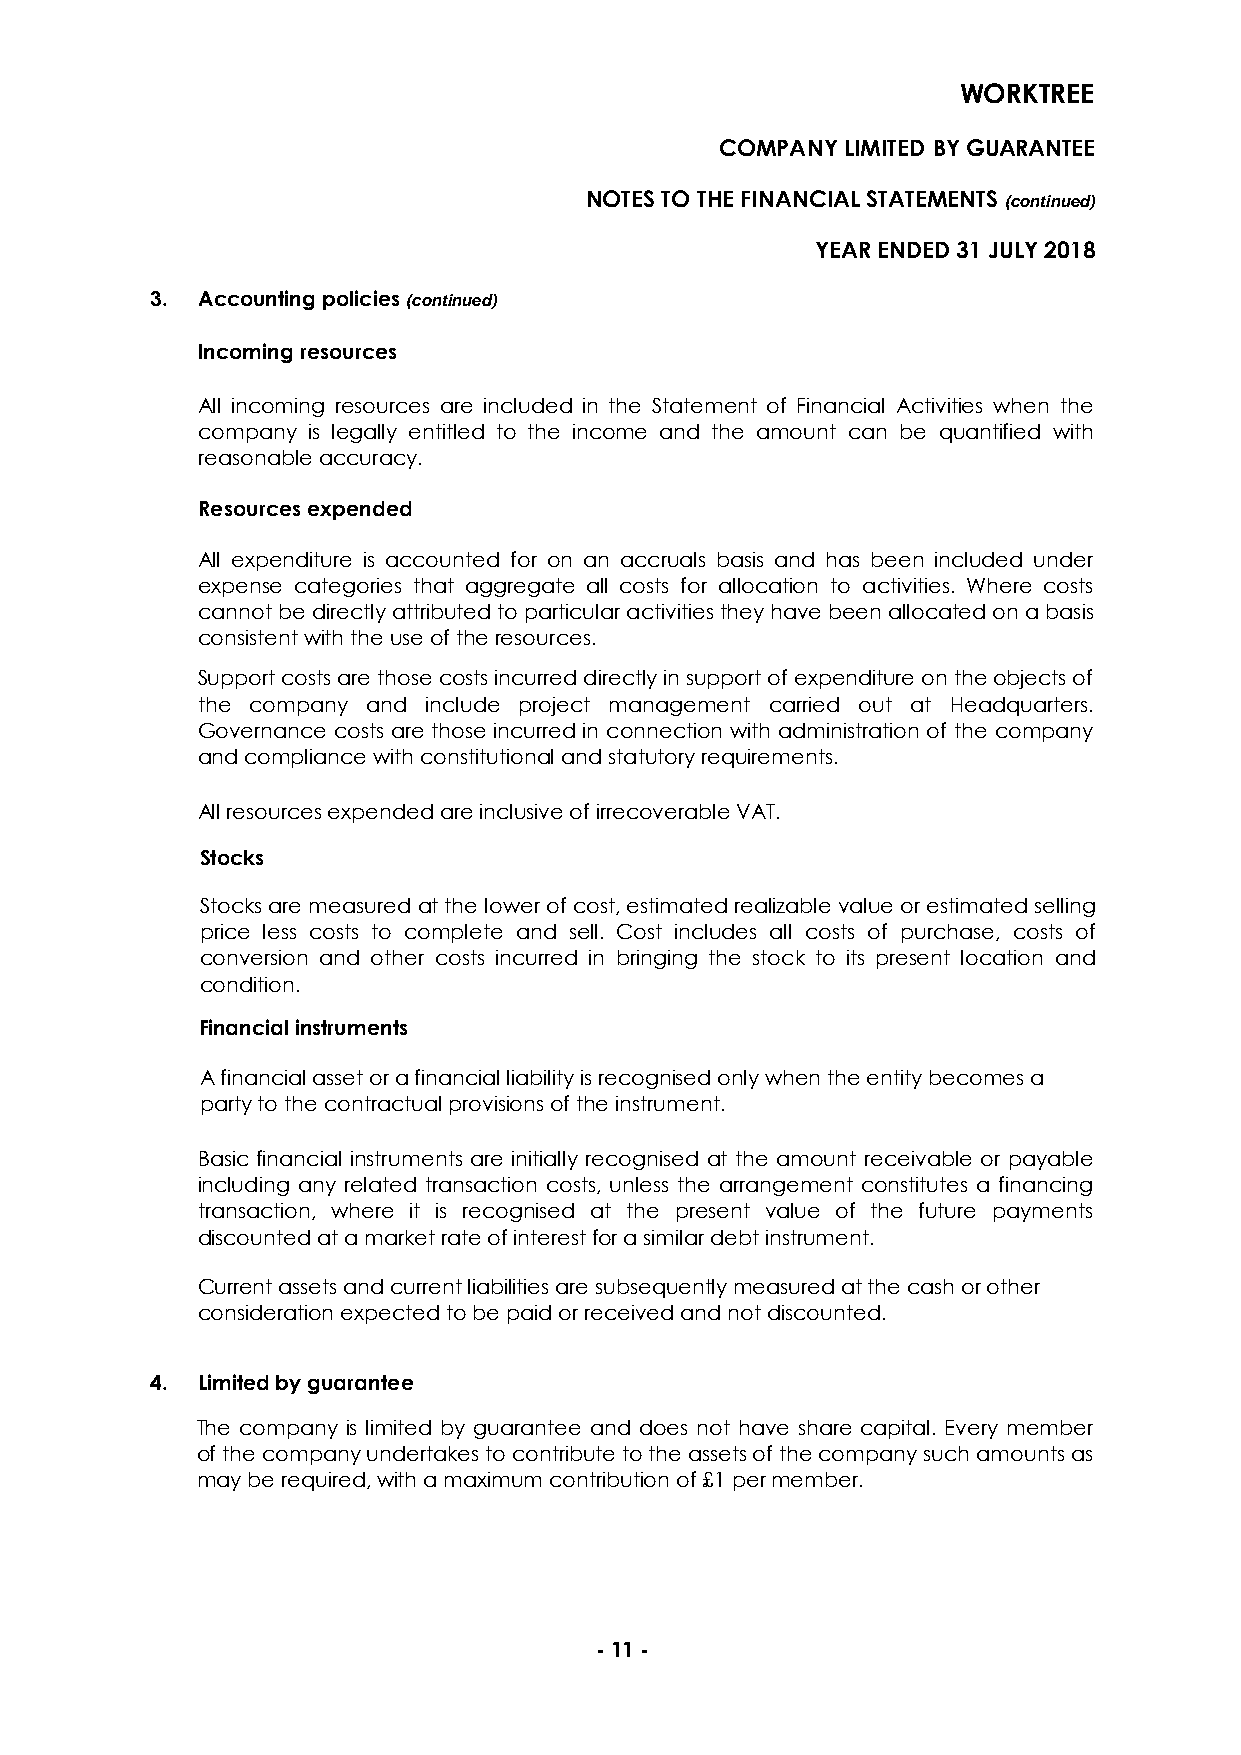
WORKTREE
 COMPANY LIMITED BY GUARANTEE
 NOTES TO THE FINANCIAL STATEMENTS (continued)
 YEAR ENDED 31 JULY 2018
 3. Accounting policies (continued)
 Incoming resources
 All incoming resources are included in the Statement of Financial Activities when the
 company is legally entitled to the income and the amount can be quantified with
 reasonable accuracy.
 Resources expended
 All expenditure is accounted for on an accruals basis and has been included under
 expense categories that aggregate all costs for allocation to activities. Where costs
 cannot be directly attributed to particular activities they have been allocated on a basis
 consistent with the use of the resources.
 Support costs are those costs incurred directly in support of expenditure on the objects of
 the company and include project management carried out at Headquarters.
 Governance costs are those incurred in connection with administration of the company
 and compliance with constitutional and statutory requirements.
 All resources expended are inclusive of irrecoverable VAT.
 Stocks
 Stocks are measured at the lower of cost, estimated realizable value or estimated selling
 price less costs to complete and sell. Cost includes all costs of purchase, costs of
 conversion and other costs incurred in bringing the stock to its present location and
 condition.
 Financial instruments
 A financial asset or a financial liability is recognised only when the entity becomes a
 party to the contractual provisions of the instrument.
 Basic financial instruments are initially recognised at the amount receivable or payable
 including any related transaction costs, unless the arrangement constitutes a financing
 transaction, where it is recognised at the present value of the future payments
 discounted at a market rate of interest for a similar debt instrument.
 Current assets and current liabilities are subsequently measured at the cash or other
 consideration expected to be paid or received and not discounted.
 4. Limited by guarantee
 The company is limited by guarantee and does not have share capital. Every member
 of the company undertakes to contribute to the assets of the company such amounts as
 may be required, with a maximum contribution of £1 per member.
 - 11 -